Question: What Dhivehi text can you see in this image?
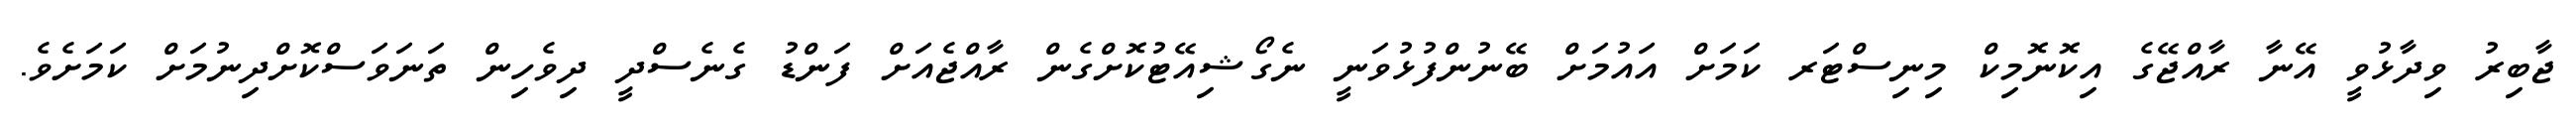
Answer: ޖާބިރު ވިދާޅުވީ އޭނާ ރާއްޖޭގެ އިކޮނޮމިކް މިނިސްޓަރ ކަމަށް އައުމަށް ބޭނުންފުޅުވަނީ ނެގޯޝިއޭޓުކޮށްގެން ރާއްޖެއަށް ފަންޑު ގެނެސްދީ ދިވެހިން ތަނަވަސްކޮށްދިނުމަށް ކަމަށެވެ.